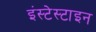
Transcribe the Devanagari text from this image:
इंस्टेस्टाइन